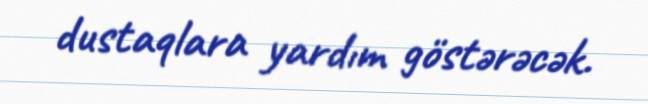
dustaqlara yardım göstərəcək.